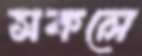
সকলে